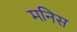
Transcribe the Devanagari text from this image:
मनिस